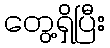
တွေ့ရှိပြီး